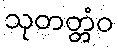
သုတတ္တံဝ